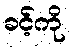
ခင့်ကို